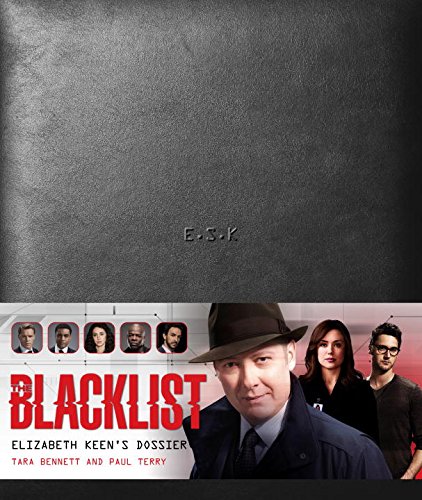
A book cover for The Blacklist: Elizabeth Keen's Dossier; Paul Terry; Humor & Entertainment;